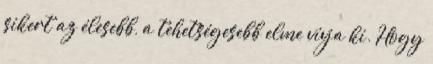
sikert az élesebb, a tehetségesebb elme vívja ki. Hogy